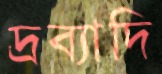
দ্রব্যাদি